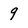
Character: 9